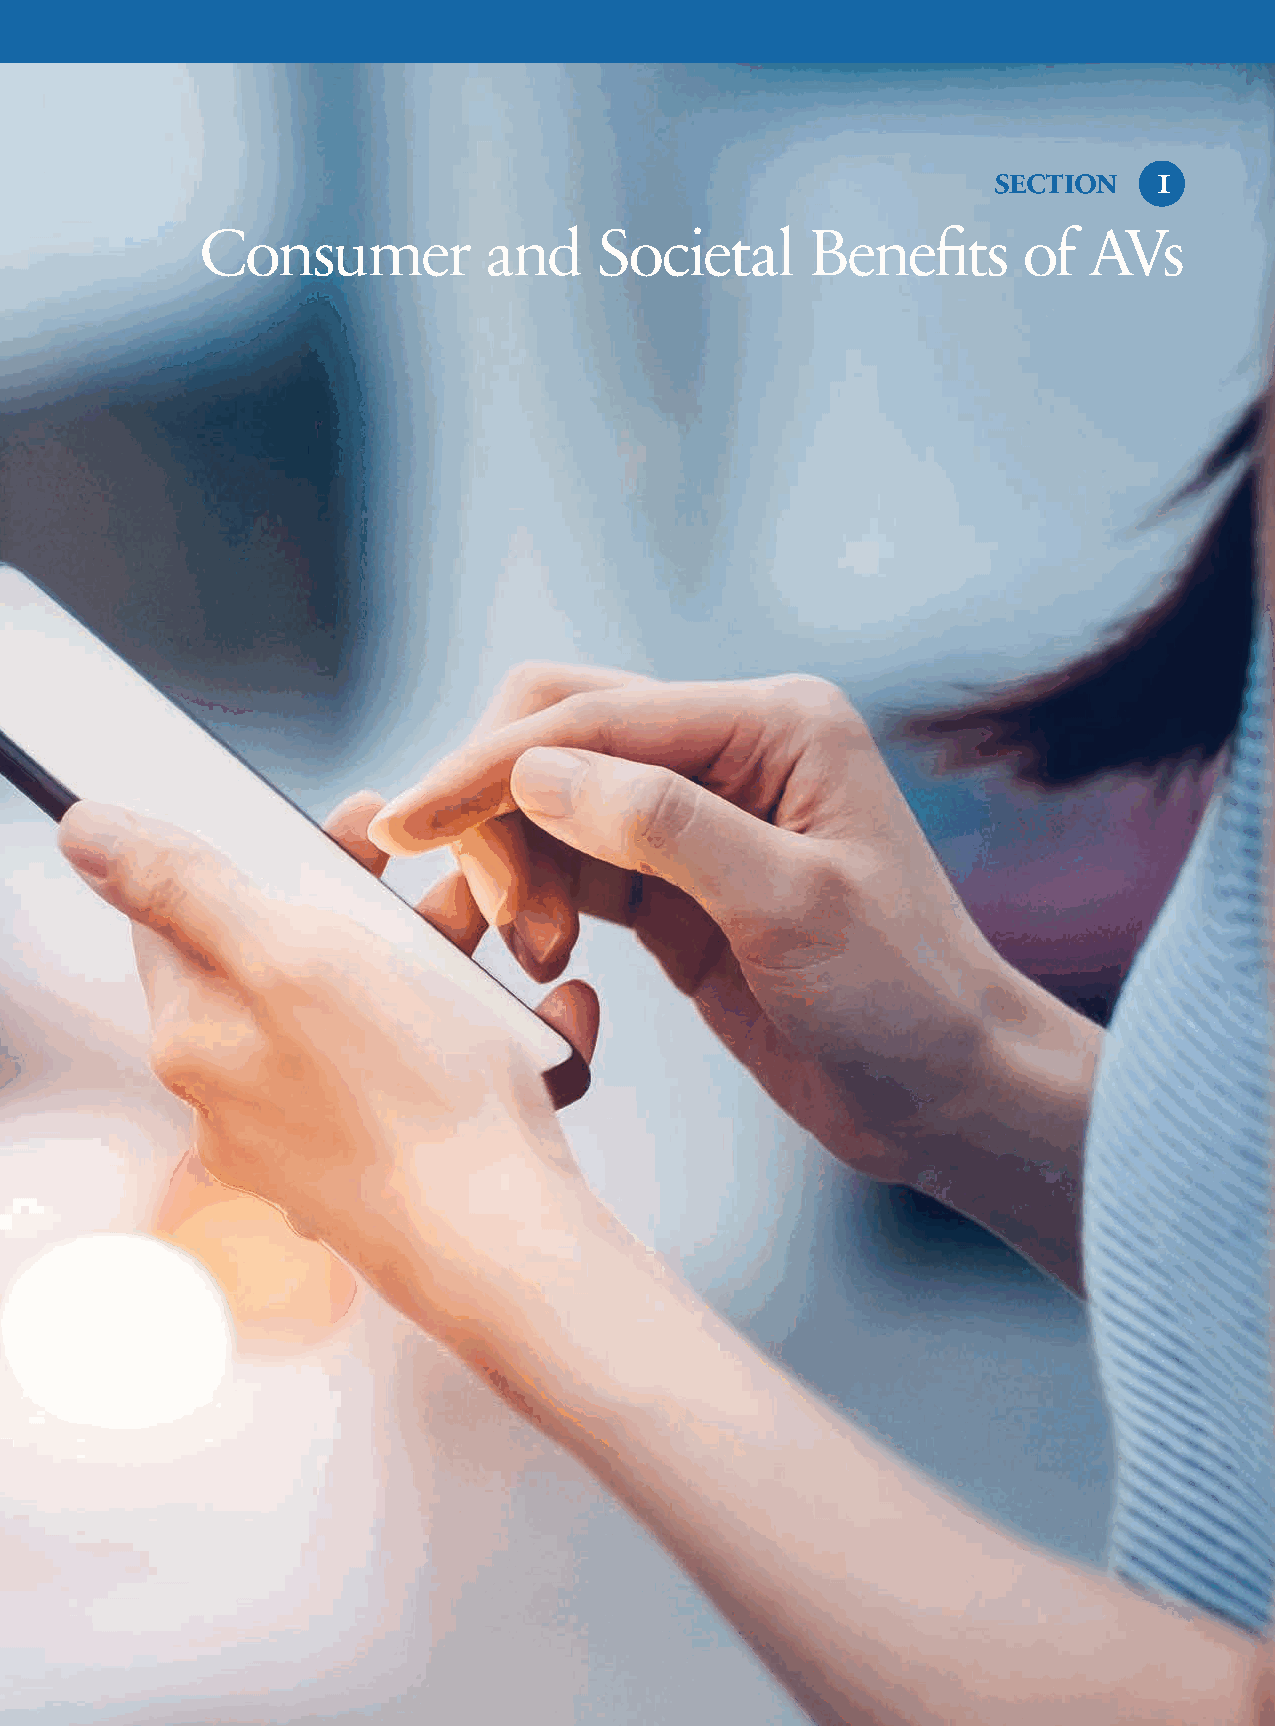
section   1
 Consumer           and     Societal      Benefits      of  AVs